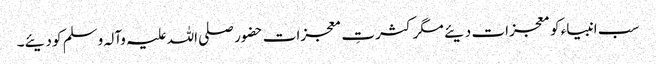
سب انبیاء کو معجزات دیئے مگر کثرتِ معجزات حضور صلی اللہ علیہ وآلہ وسلم کو دیئے۔